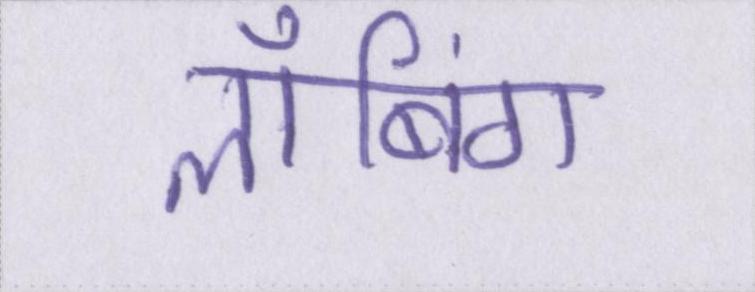
लॉबिंग